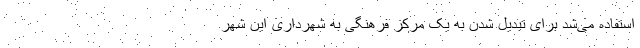
استفاده می‌شد برای تبدیل شدن به یک مرکز فرهنگی به شهرداری این شهر